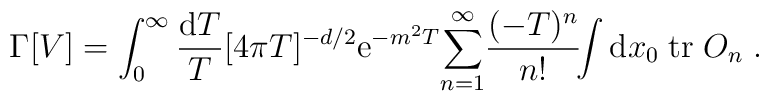
\Gamma[V] =\int_0^\infty {{\rm d}T\over T} [4\pi T]^{-d/2} {\rm e}^{-m^2T}{\sum_{n=1}^\infty} {(-T)^n\over n!} \!\!\int {\rm d}x_0\;{\rm tr}\; O_n\;.